Vaccination in Bombay 1856-1862 - 1856-1862
Year: 1856
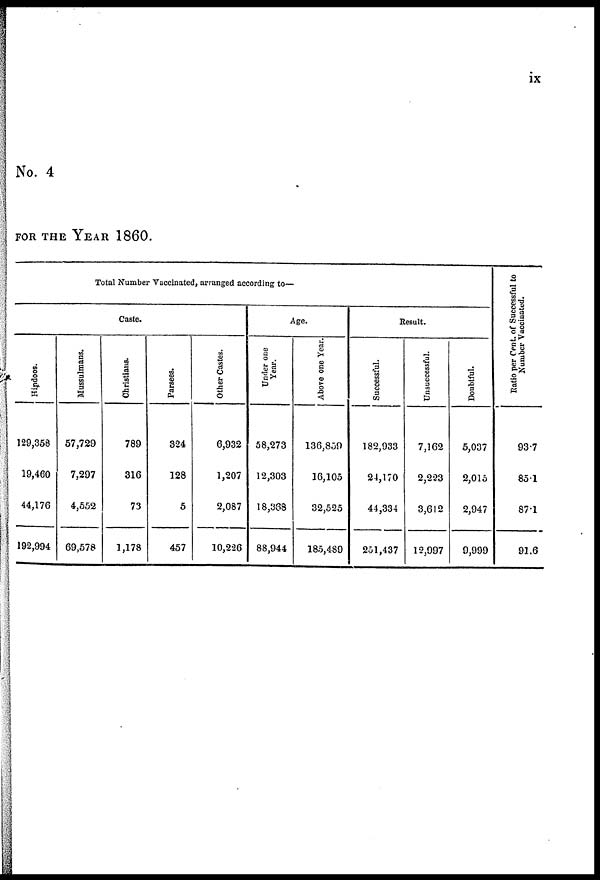
ix
No. 4
FOR THE YEAR 1860.
Total Number Vaccinated, arranged according to—
Caste.
Hindoos.
129,358
19,460
44,176
192,994
Mussulmans.
57,729
7,297
4,552
69,578
Christians.
789
316
73
1,178
Parsees.
324
128
5
457
Other Castes.
6,932
1,207
2,087
10,226
Age.
Under one
Year.
58,273
12,303
18,388
88,944
Above one Year.
136,859
16,105
32,525
185,489
Result.
Successful.
182,933
24,170
44,334
251,437
Unsuccessful.
7,162
2,223
3,612
12,997
Doubtful.
5,037
2,015
2,947
9,999
Ratio per Cent. of Successful to
Number Vaccinated.
93.7
85.1
87.1
91.6